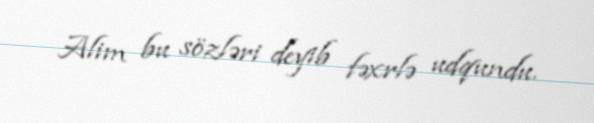
Alim bu sözləri deyib fəxrlə udqundu.